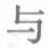
与